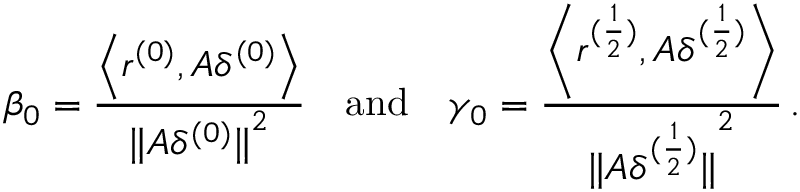
\beta _ { 0 } = \frac { { \left\langle { { r ^ { ( 0 ) } } , A { \delta ^ { ( 0 ) } } } \right\rangle } } { { { { \| { A { \delta ^ { ( 0 ) } } } \| } ^ { 2 } } } } \quad { \mathrm { a n d } } \quad { { \gamma _ { 0 } } = \frac { { \left\langle { { r ^ { ( \frac { 1 } { 2 } ) } } , A { \delta ^ { ( \frac { 1 } { 2 } ) } } } \right\rangle } } { { { { \| { A { \delta ^ { ( \frac { 1 } { 2 } ) } } } \| } ^ { 2 } } } } } \, .